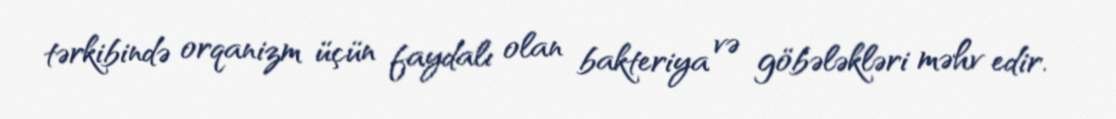
tərkibində orqanizm üçün faydalı olan bakteriya və göbələkləri məhv edir.